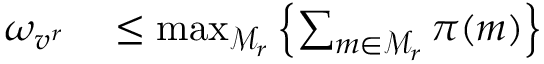
\begin{array} { r l } { \omega _ { v ^ { r } } } & { { } \leq \operatorname* { m a x } _ { \mathcal { M } _ { r } } \left\{ \sum _ { m \in \mathcal { M } _ { r } } \pi ( m ) \right\} } \end{array}